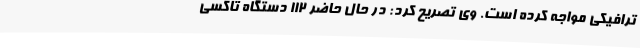
ترافیکی مواجه کرده است. وی تصریح کرد: در حال حاضر 112 دستگاه تاکسی